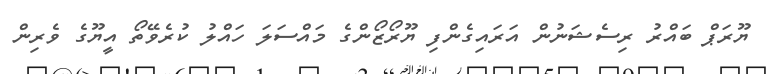
ޔޫރަޕް ބައްރު ރިސެޝަނުން އަރައިގެންފި ޔޫރޯޒޯންގެ މައްސަލަ ހައްލު ކުރެވޭތޯ އީޔޫގެ ވެރިން